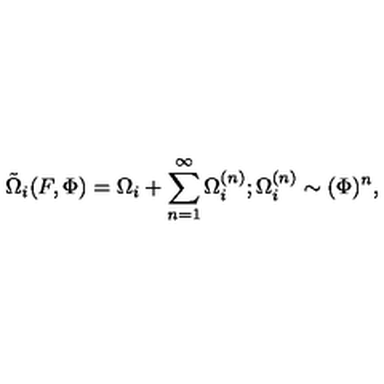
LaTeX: \tilde { \Omega } _ { i } ( F , \Phi ) = \Omega _ { i } + \sum _ { n = 1 } ^ { \infty } \Omega _ { i } ^ { ( n ) } ; \Omega _ { i } ^ { ( n ) } \sim ( \Phi ) ^ { n } ,